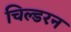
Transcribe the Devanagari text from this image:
चिल्डरन